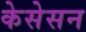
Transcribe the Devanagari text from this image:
केसेसन